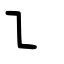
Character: ㇅